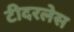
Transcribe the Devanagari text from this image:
टीदरलेस